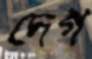
দেগ